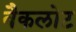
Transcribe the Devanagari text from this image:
बैकलोट